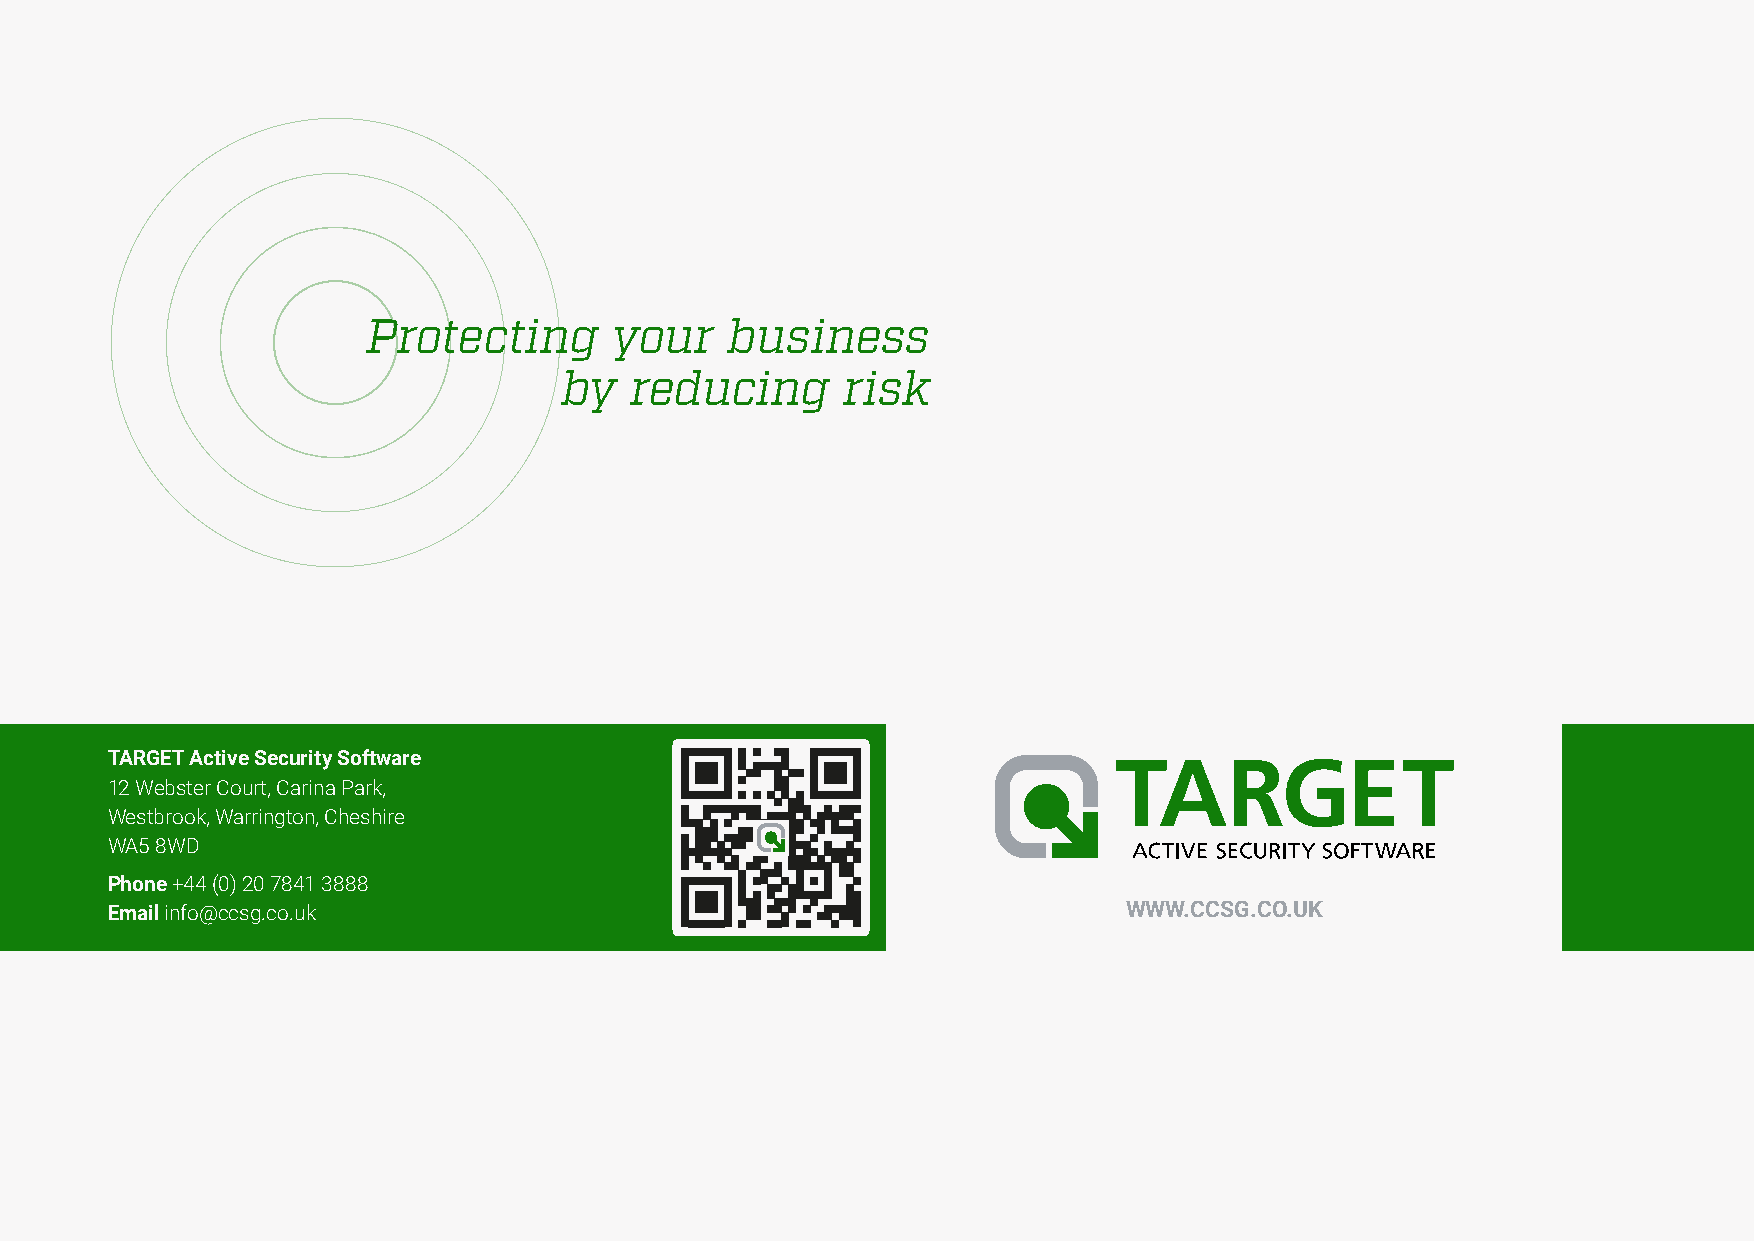
Protecting       your   business
 by   reducing      risk
 TARGET Active Security Software
 12 Webster Court, Carina Park,
 Westbrook, Warrington, Cheshire
 WA5 8WD
 Phone +44 (0) 20 7841 3888
 Email info@ccsg.co.uk                                               WWW.CCSG.CO.UK